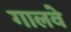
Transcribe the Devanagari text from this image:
गालवे